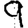
Digit: 9